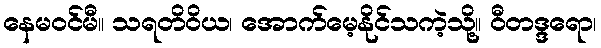
နေမဝင်မီ။ သရတိဝိယ၊ အောက်မေ့နိုင်သကဲ့သို့။ ဝီတဒ္ဒရော၊